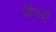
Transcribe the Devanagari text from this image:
विनजी